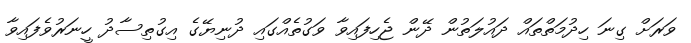
ވަރަށް ގިނަ ހިދުމަތްތައް ދައުލަތުން ދޭން ޖެހިފައިވާ ވަގުތެއްގައި ދުނިޔޭގެ އިގުތިސާދު ހީނަރުވެފައިވާ